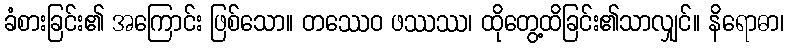
ခံစားခြင်း၏ အကြောင်း ဖြစ်သော။ တဿေဝ ဖဿဿ၊ ထိုတွေ့ထိခြင်း၏သာလျှင်။ နိရောဓာ၊